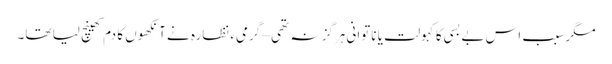
مگر سبب اس بے بسی کا کہولت یا ناتوانی ہرگز نہ تھی – گرمیء نظارہ نے آنکھوں کا دم کھینچ لیا تھا۔